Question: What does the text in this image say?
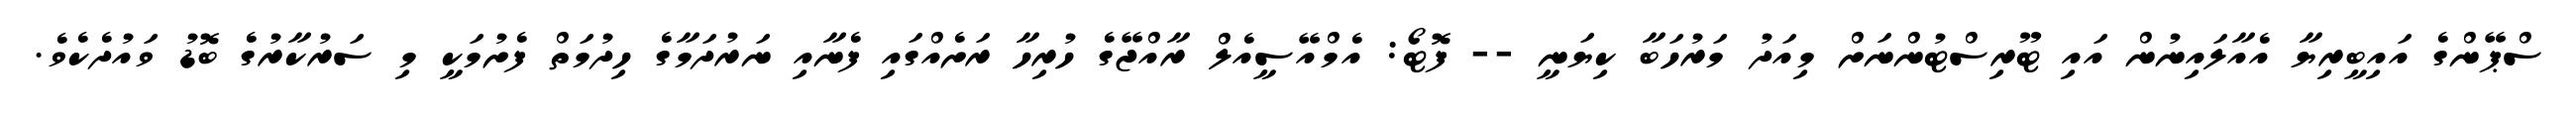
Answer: ސްޕޭންގެ އައިބީރިޔާ އެއާލައިނުން އައި ޓޫރިސްޓުންނަށް މިއަދު މަރުހަބާ ކިޔަނީ -- ފޮޓޯ: އެމްއޭސީއެލް ރާއްޖޭގެ ހުރިހާ ރަށެއްގައި ފެނާއި ނަރުދަމާގެ ހިދުމަތް ފެށުމަކީ މި ސަރުކާރުގެ ބޮޑު ވައުދެކެވެ.